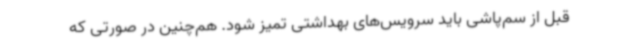
قبل از سم‌پاشی باید سرویس‌های بهداشتی تمیز شود. هم‌چنین در صورتی که